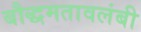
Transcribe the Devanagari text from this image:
बौद्धमतावलंबी